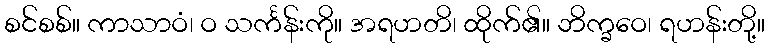
စင်စစ်။ ကာသာဝံ၊ ဝ သင်္ကန်းကို။ အရဟတိ၊ ထိုက်၏။ ဘိက္ခဝေ၊ ရဟန်းတို့။